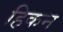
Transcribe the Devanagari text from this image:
हिकन